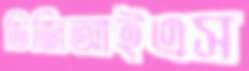
ডিজিআইএস